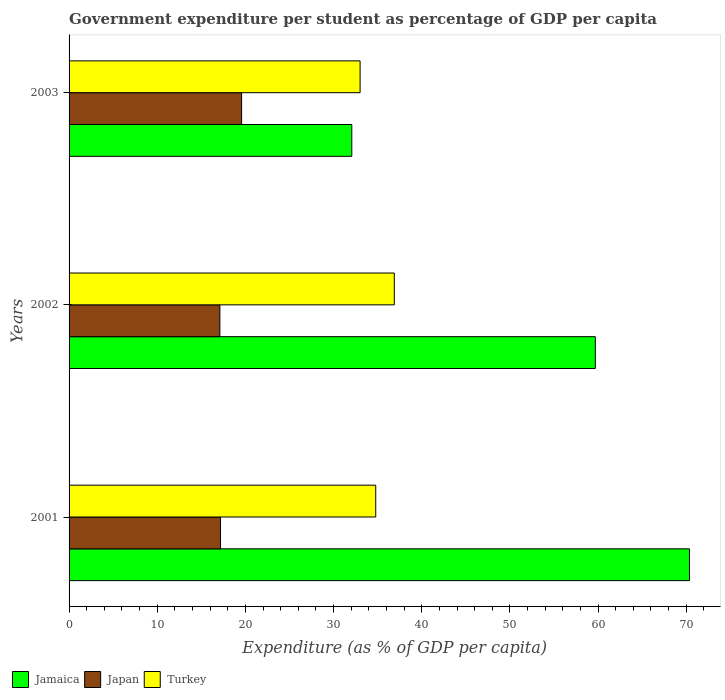
| Years | Jamaica | Japan | Turkey |
 | --- | --- | --- | --- |
 | 2001 | 70.4 | 17.2 | 34.8 |
 | 2002 | 59.7 | 17.1 | 36.9 |
 | 2003 | 32.1 | 19.6 | 33 |